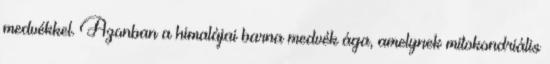
medvékkel. Azonban a himalájai barna medvék ága, amelynek mitokondriális